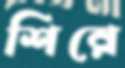
শিরে